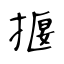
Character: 揠